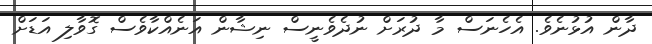
ދާން އުޅުނެވެ. އެހެނަސް މާ ދުރަށް ނުދެވެނީސް ނިޝާން އަނެއްކާވެސް ގޮވާލި އަޑަށް